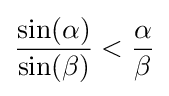
{\frac {\sin(\alpha )}{\sin(\beta )}}<{\frac {\alpha }{\beta }}